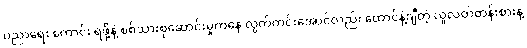
ပညာရေး ကောင်း ရဖို့နဲ့ စစ်သားစုဆောင်းမှုကနေ လွတ်ကင်းအောင်လည်း ထောင်နဲ့ချီတဲ့ လူလတ်တန်းစားနဲ့